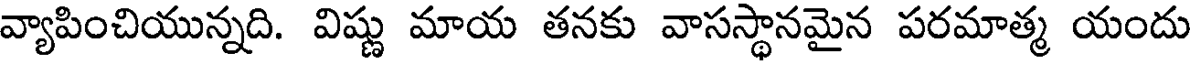
వ్యాపించియున్నది. విష్ణు మాయ తనకు వాసస్థానమైన పరమాత్మ యందు